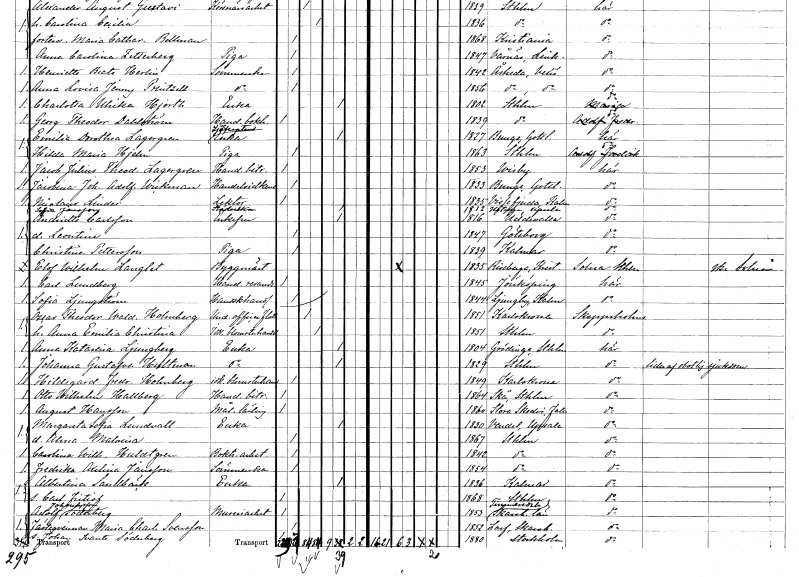
gt_parse: households: individuals: FN: Emilia Dorothea
EN: Lagergren
YRKE: Sjökaptensänka
KON: K
CIV: E
FODAR: 1827
FODFORS: Bunge Gotlands län
FN: Hilda Maria
EN: Hjelm
YRKE: Piga
KON: K
CIV: O
FODAR: 1863
FODFORS: Stockholm
FN: Jacob Julius Theodor
EN: Lagergren
YRKE: Handelsbiträde
KON: M
CIV: O
FODAR: 1853
FODFORS: Visby Gotlands län
FN: Jacobina Johanna Adolfina
EN: Wickman
YRKE: Handelsidkerska
KON: K
CIV: O
FODAR: 1833
FODFORS: Bunge Gotlands län
FN: Nicolaus
EN: Linder
YRKE: Lektor
KON: M
CIV: O
FODAR: 1835
FODFORS: Vissefjärda Kalmar län
FN: Sofia
EN: Jansson
YRKE: Städerska
KON: K
CIV: E
FODAR: 1812
FODFORS: Håtuna Stockholms län
FN: Andriette
EN: Carlsson
KON: K
CIV: E
FODAR: 1816
FODFORS: Uddevalla Göteborgs- och Bohuslän
FN: Leontine
KON: K
CIV: O
FODAR: 1847
FODFORS: Göteborg Göteborgs- och Bohuslän
FN: Christina
EN: Pettersson
YRKE: Piga
KON: K
CIV: O
FODAR: 1839
FODFORS: Kalmar Kalmar län
FN: Elof Wilhelm
EN: Langlet
YRKE: Byggmästare
KON: M
CIV: G
FODAR: 1835
FODFORS: Riseberga Kristianstads län
FN: Carl
EN: Lundberg
YRKE: Handelsresande
KON: M
CIV: O
FODAR: 1845
FODFORS: Jönköping Jönköpings län
FN: Sofia
EN: Ljungström
YRKE: Handskhandlerska
KON: K
CIV: O
FODAR: 1844
FODFORS: Ljungby Hallands län
FN: Oscar Theodor Waldemar
EN: Holmberg
YRKE: Underofficer vid flottan
KON: M
CIV: G
FODAR: 1851
FODFORS: Karlskrona Blekinge län
FN: Anna Emilia Christina
YRKE: Blomsterhandlerska
KON: K
CIV: G
FODAR: 1851
FODFORS: Stockholm
FN: Anna Katarina
EN: Ljungberg
YRKE: Änka
KON: K
CIV: E
FODAR: 1804
FODFORS: Grödinge Stockholms län
FN: Johanna Gustafva
EN: Hultman
YRKE: Änka
KON: K
CIV: E
FODAR: 1829
FODFORS: Stockholm
FN: Hildegard Fredrika
EN: Holmberg
YRKE: Blomsterhandlerska
KON: K
CIV: O
FODAR: 1849
FODFORS: Karlskrona Blekinge län
FN: Otto Wilhelm
EN: Hallberg
YRKE: Handelsbiträde
KON: M
CIV: O
FODAR: 1864
FODFORS: Skå Stockholms län
FN: August
EN: Hansson
YRKE: Målarelärling
KON: M
CIV: O
FODAR: 1860
FODFORS: Stora Skedvi Kopparbergs län
FN: Margareta Sofia
EN: Lundvall
YRKE: Änka
KON: K
CIV: E
FODAR: 1830
FODFORS: Vendel Uppsala län
FN: Alma Malvina
KON: K
CIV: O
FODAR: 1867
FODFORS: Stockholm
FN: Carolina Wilhelmina
EN: Huldtgren
YRKE: Boktryckeriarbetare
KON: K
CIV: O
FODAR: 1842
FODFORS: Stockholm
FN: Fredrika Axelina
EN: Jansson
YRKE: Sömmerska
KON: K
CIV: O
FODAR: 1854
FODFORS: Stockholm
FN: Albertina
EN: Sandbäck
YRKE: Änka
KON: K
CIV: E
FODAR: 1836
FODFORS: Kalmar Kalmar län
FN: Carl Fritiof
KON: M
CIV: O
FODAR: 1868
FODFORS: Stockholm
FN: Adolf
EN: Johansson Söderberg
YRKE: Mureriarbetare
KON: M
CIV: O
FODAR: 1853
FODFORS: Timmersdala Skaraborgs län
FN: Maria Charlotta
EN: Svensson
KON: K
CIV: O
FODAR: 1852
FODFORS: Larv Skaraborgs län
FN: Johan Svante
EN: Söderberg
KON: M
CIV: O
FODAR: 1880
FODFORS: Stockholm